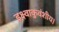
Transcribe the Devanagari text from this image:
इक्ष्वाकुवंशीय।